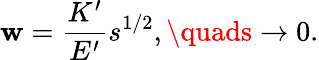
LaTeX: \mathbf{w}=\frac{{K^{\prime}}}{{E^{\prime}}}s^{1/2},\quads\rightarrow0.